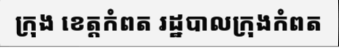
ក្រុង ខេត្តកំពត រដ្ឋបាលក្រុងកំពត